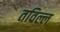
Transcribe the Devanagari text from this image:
तविल्ल